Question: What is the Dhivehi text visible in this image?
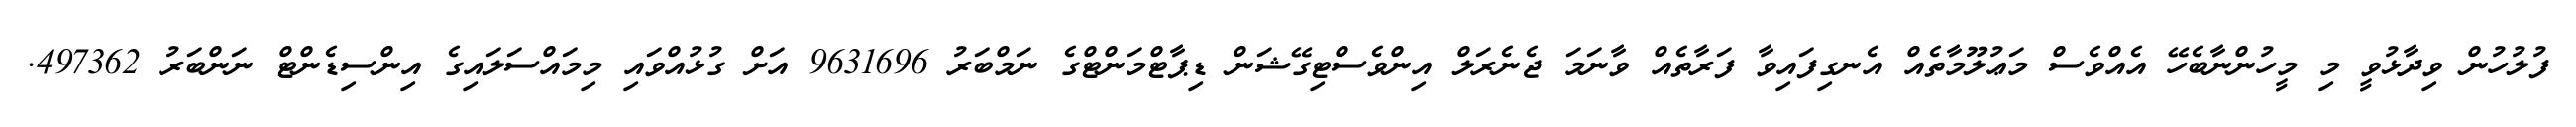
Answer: ފުލުހުން ވިދާޅުވީ މި މީހުންނާބެހޭ އެއްވެސް މަޢުލޫމާތެއް އެނގިފައިވާ ފަރާތެއް ވާނަމަ ޖެނެރަލް އިންވެސްޓިގޭޝަން ޑިޕާޓްމަންޓްގެ ނަމްބަރު 9631696 އަށް ގުޅުއްވައި މިމައްސަލައިގެ އިންސިޑެންޓް ނަންބަރު 497362.